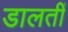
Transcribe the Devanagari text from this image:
डालतीं